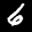
Label: 6